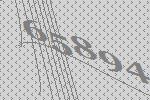
65894